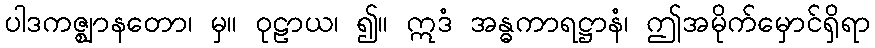
ပါဒကဇ္ဈာနတော၊ မှ။ ဝုဠာယ၊ ၍။ ဣဒံ အန္ဓကာရဋ္ဌာနံ၊ ဤအမိုက်မှောင်ရှိရာ